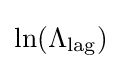
\ln(\Lambda _{\text{lag}})